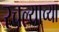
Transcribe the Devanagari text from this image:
रचल्याच्या